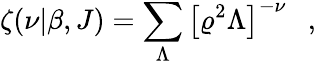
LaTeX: \zeta(\nu|\beta,J)=\sum_{\Lambda}\left[\varrho^{2}\Lambda\right]^{-\nu}~~~,